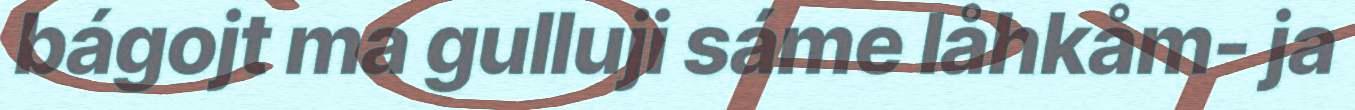
bágojt ma gulluji sáme låhkåm- ja